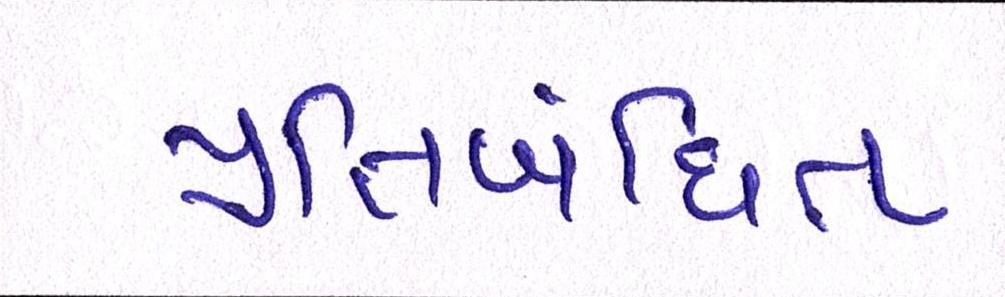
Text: પ્રતિબંધિત